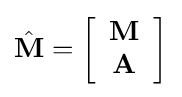
{\hat {\mathbf {M} }}=\left[{\begin{array}{c}\mathbf {M} \\\mathbf {A} \end{array}}\right]